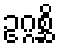
ဥဂ္ဂစ္ဆိ